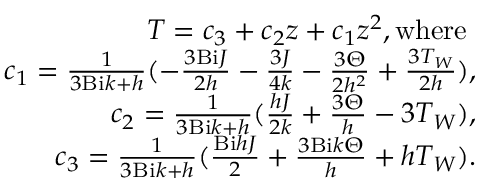
\begin{array} { r } { T = c _ { 3 } + c _ { 2 } z + c _ { 1 } z ^ { 2 } , \mathrm { w h e r e } \ } \\ { c _ { 1 } = \frac { 1 } { 3 \mathrm { B i } k + h } ( - \frac { 3 \mathrm { B i } J } { 2 h } - \frac { 3 J } { 4 k } - \frac { 3 \Theta } { 2 h ^ { 2 } } + \frac { 3 T _ { W } } { 2 h } ) , } \\ { c _ { 2 } = \frac { 1 } { 3 \mathrm { B i } k + h } ( \frac { h J } { 2 k } + \frac { 3 \Theta } { h } - 3 T _ { W } ) , } \\ { c _ { 3 } = \frac { 1 } { 3 \mathrm { B i } k + h } ( \frac { \mathrm { B i } h J } { 2 } + \frac { 3 \mathrm { B i } k \Theta } { h } + h T _ { W } ) . } \end{array}